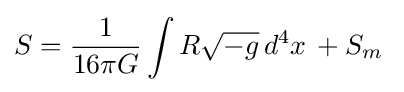
S={1 \over 16\pi G}\int R{\sqrt {-g}}\,d^{4}x\,+S_{m}\;